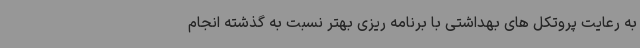
به رعایت پروتکل های بهداشتی با برنامه ریزی بهتر نسبت به گذشته انجام